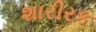
શારીરક